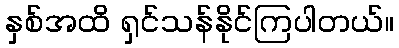
နှစ်အထိ ရှင်သန်နိုင်ကြပါတယ်။